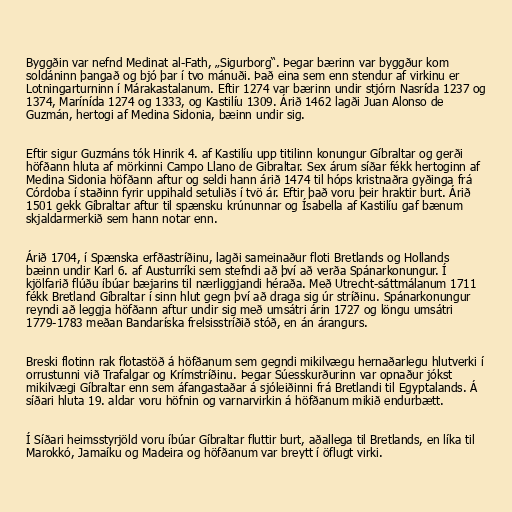
Byggðin var nefnd Medinat al-Fath, „Sigurborg“. Þegar bærinn var byggður kom
soldáninn þangað og bjó þar í tvo mánuði. Það eina sem enn stendur af virkinu er
Lotningarturninn í Márakastalanum. Eftir 1274 var bærinn undir stjórn Nasrída 1237 og
1374, Marínída 1274 og 1333, og Kastilíu 1309. Árið 1462 lagði Juan Alonso de
Guzmán, hertogi af Medina Sidonia, bæinn undir sig.

Eftir sigur Guzmáns tók Hinrik 4. af Kastilíu upp titilinn konungur Gíbraltar og gerði
höfðann hluta af mörkinni Campo Llano de Gibraltar. Sex árum síðar fékk hertoginn af
Medina Sidonia höfðann aftur og seldi hann árið 1474 til hóps kristnaðra gyðinga frá
Córdoba í staðinn fyrir uppihald setuliðs í tvö ár. Eftir það voru þeir hraktir burt. Árið
1501 gekk Gíbraltar aftur til spænsku krúnunnar og Ísabella af Kastilíu gaf bænum
skjaldarmerkið sem hann notar enn.

Árið 1704, í Spænska erfðastríðinu, lagði sameinaður floti Bretlands og Hollands
bæinn undir Karl 6. af Austurríki sem stefndi að því að verða Spánarkonungur. Í
kjölfarið flúðu íbúar bæjarins til nærliggjandi héraða. Með Utrecht-sáttmálanum 1711
fékk Bretland Gíbraltar í sinn hlut gegn því að draga sig úr stríðinu. Spánarkonungur
reyndi að leggja höfðann aftur undir sig með umsátri árin 1727 og löngu umsátri
1779-1783 meðan Bandaríska frelsisstríðið stóð, en án árangurs.

Breski flotinn rak flotastöð á höfðanum sem gegndi mikilvægu hernaðarlegu hlutverki í
orrustunni við Trafalgar og Krímstríðinu. Þegar Súesskurðurinn var opnaður jókst
mikilvægi Gíbraltar enn sem áfangastaðar á sjóleiðinni frá Bretlandi til Egyptalands. Á
síðari hluta 19. aldar voru höfnin og varnarvirkin á höfðanum mikið endurbætt.

Í Síðari heimsstyrjöld voru íbúar Gíbraltar fluttir burt, aðallega til Bretlands, en líka til
Marokkó, Jamaíku og Madeira og höfðanum var breytt í öflugt virki.